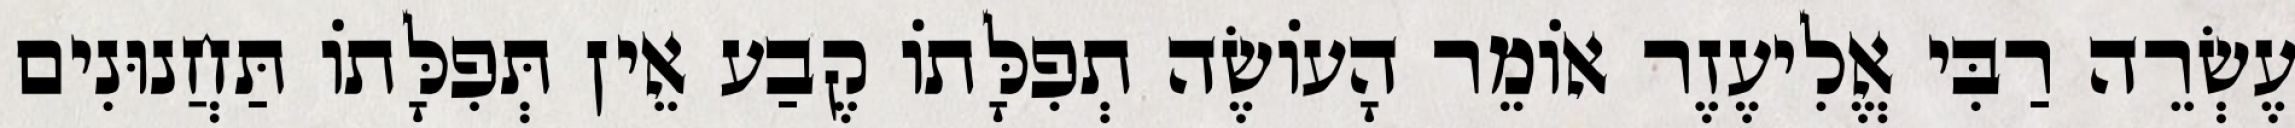
עֶשְׂרֵה רַבִּי אֱלִיעֶזֶר אוֹמֵר הָעוֹשֶׂה תְפִלָּתוֹ קֶבַע אֵין תְּפִלָּתוֹ תַּחֲנוּנִים